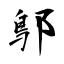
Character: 鄥